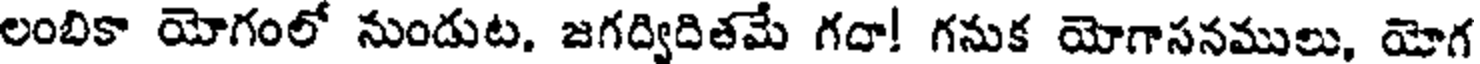
లంబికా యోగంలో నుండుట, జగద్విదితమే గదా! గనుక యోగాసనములు, యోగ